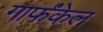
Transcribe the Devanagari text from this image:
गार्फंकेल